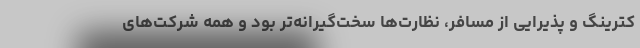
کترینگ و پذیرایی از مسافر، نظارت‌ها سخت‌گیرانه‌تر بود و همه شرکت‌های